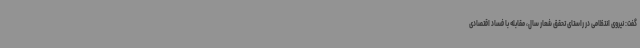
گفت: نیروی انتظامی در راستای تحقق شعار سال، مقابله با فساد اقتصادی